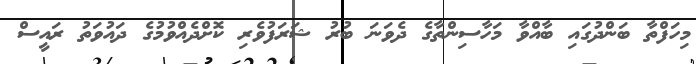
މިހަފްތާ ބަންދުގައި ބާއްވާ މަހާސިންތާގެ ދެވަނަ ބުރު ޝަރަފުވެރި ކޮށްދެއްވުމުގެ ދައުވަތު ރައީސް